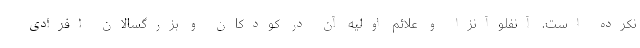
نکرده است. آنفلوآنزا و علائم اولیه آن در کودکان و بزرگسالان افرادی